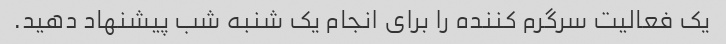
یک فعالیت سرگرم کننده را برای انجام یک شنبه شب پیشنهاد دهید.